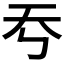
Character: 𡗙